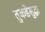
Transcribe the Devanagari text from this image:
तुकडेसुद्धा